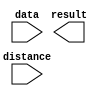
module zxw_rotate1 (
	data,
	distance,
	result);

	input	[15:0]  data;
	input	[3:0]  distance;
	output	[15:0]  result;

endmodule